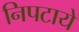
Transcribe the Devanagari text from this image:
निपटाये